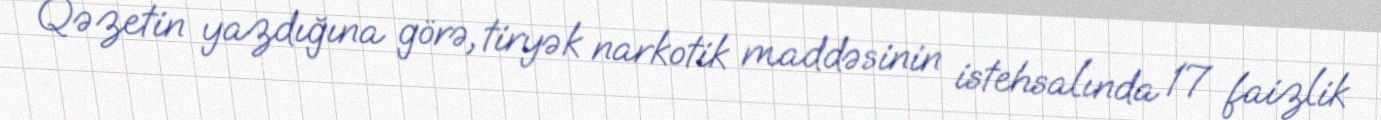
Qəzetin yazdığına görə, tiryək narkotik maddəsinin istehsalında 17 faizlik